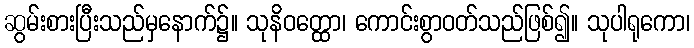
ဆွမ်းစားပြီးသည်မှနောက်၌။ သုနိဝတ္ထော၊ ကောင်းစွာဝတ်သည်ဖြစ်၍။ သုပါရုကော၊